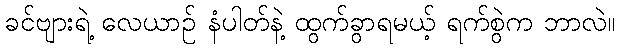
ခင်ဗျားရဲ့ လေယာဉ် နံပါတ်နဲ့ ထွက်ခွာရမယ့် ရက်စွဲက ဘာလဲ။